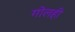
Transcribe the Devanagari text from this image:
गोलही